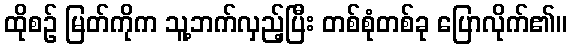
ထိုစဉ် မြတ်ကိုက သူ့ဘက်လှည့်ပြီး တစ်စုံတစ်ခု ပြောလိုက်၏။